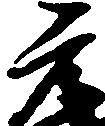
元